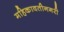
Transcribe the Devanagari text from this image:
महिकावतीनगरी